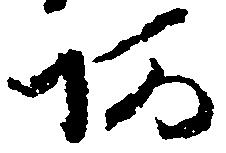
阿